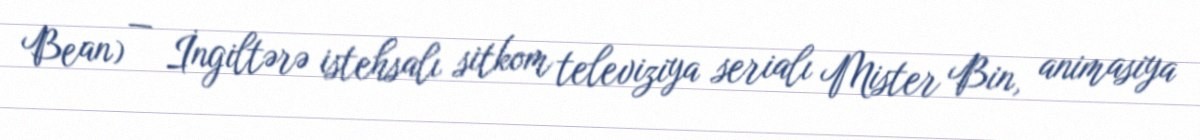
Bean) — İngiltərə istehsalı sitkom televiziya serialı Mister Bin, animasiya